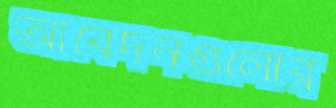
আবেদনগুলোর